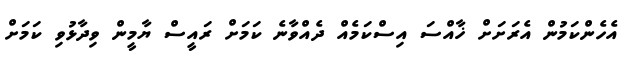
އެހެންކަމުން އެރަށަށް ޚާއްސަ އިސްކަމެއް ދެއްވާނެ ކަމަށް ރައީސް ޔާމީން ވިދާޅުވި ކަމަށް